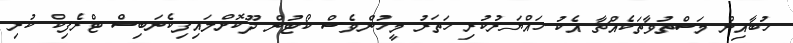
ހުބާއިން މަސްތުވާތަކެއްޗާ އެކު ހައްޔަރުކުރި ހަތަރު މީހުންވެސް ކޯޓުން ދޫކޮށްލައިފިކެނަބިސް ޓްރެފިކް ކުރި